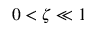
0 < \zeta \ll 1